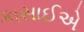
કાસાઈએ